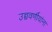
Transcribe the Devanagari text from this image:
उच्चवर्णीयांना